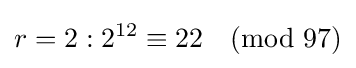
r=2:2^{12}\equiv 22{\pmod {97}}